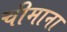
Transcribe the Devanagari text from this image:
चीमाना